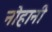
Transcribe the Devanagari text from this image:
नोहानी